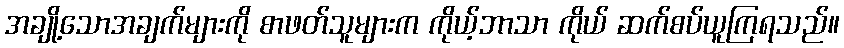
အချို့သောအချက်များကို စာဖတ်သူများက ကိုယ့်ဘာသာ ကိုယ် ဆက်စပ်ယူကြရသည်။